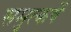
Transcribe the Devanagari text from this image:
समुत्कर्षे